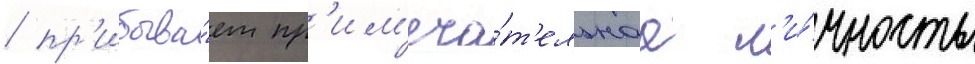
/ пр'ибыва́ет пр'им'еча́т'ельнаа л'и́чность